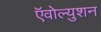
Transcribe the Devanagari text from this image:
ऍवोल्युशन